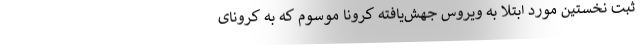
ثبت نخستین مورد ابتلا به ویروس جهش‌یافته کرونا موسوم که به کرونای